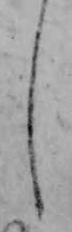
し